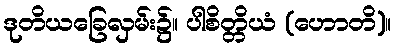
ဒုတိယခြေလှမ်း၌။ ပါစိတ္တိယံ (ဟောတိ)။